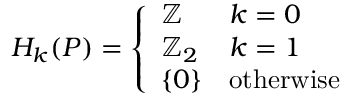
H _ { k } ( P ) = { \left\{ \begin{array} { l l } { \mathbb { Z } } & { k = 0 } \\ { \mathbb { Z } _ { 2 } } & { k = 1 } \\ { \{ 0 \} } & { { \mathrm { o t h e r w i s e } } } \end{array} \right. }